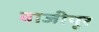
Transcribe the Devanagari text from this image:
बाजीपूर